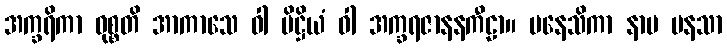
အက္ခရိကာ ဝုစ္စတိ အာကာသေ ဝါ ပိဋ္ဌိယံ ဝါ အက္ခရဇာနနကီဠာ။ မနေသိကာ နာမ မနသာ